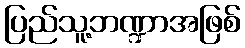
ပြည်သူ့ဘဏ္ဍာအဖြစ်